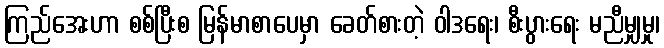
ကြည်အေးဟာ စစ်ပြီးစ မြန်မာစာပေမှာ ခေတ်စားတဲ့ ဝါဒရေး၊ စီးပွားရေး မညီမျှမှု၊